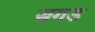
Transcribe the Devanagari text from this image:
सगड